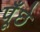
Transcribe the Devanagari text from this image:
पूँछे